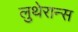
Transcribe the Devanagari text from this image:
लुथेरान्स